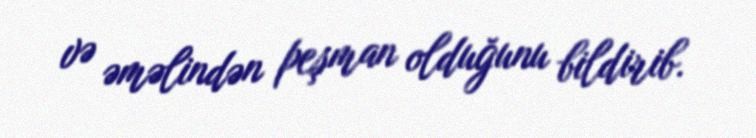
və əməlindən peşman olduğunu bildirib.